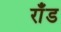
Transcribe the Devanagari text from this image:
राँड